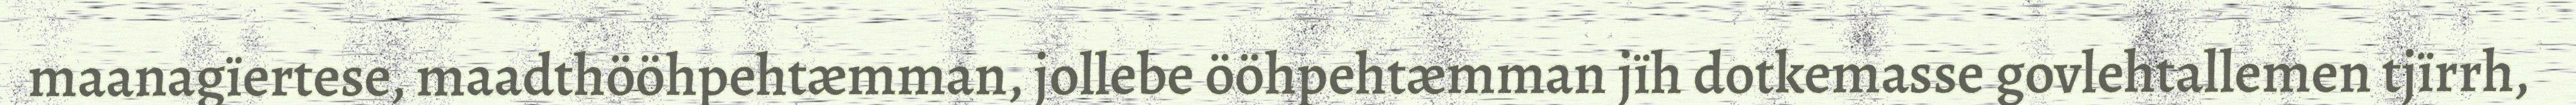
maanagïertese, maadthööhpehtæmman, jollebe ööhpehtæmman jïh dotkemasse govlehtallemen tjïrrh,